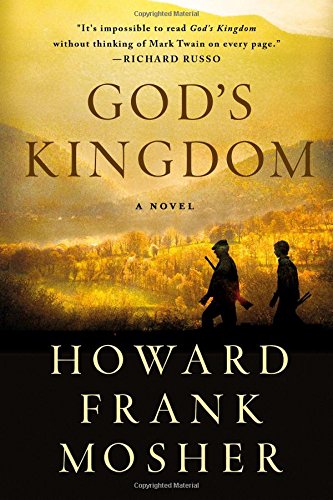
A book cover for God's Kingdom: A Novel; Howard Frank Mosher; Literature & Fiction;